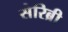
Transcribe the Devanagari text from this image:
सेरिब्री